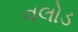
વલોડ